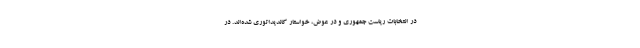
در انتخابات ریاست جمهوری و در عوض، خواستار کاندیداتوری شده‌اند. در